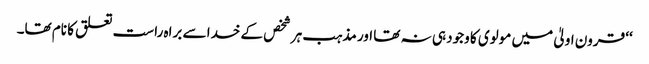
‘‘ قرون اولیٰ میں مولوی کا وجود ہی نہ تھا اور مذہب ہر شخص کے خدا سے براہ راست تعلق کا نام تھا۔